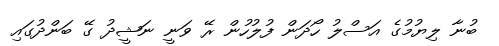
ބުނާ ލިޔުމުގެ އަސްލު ހޯދަން ފުލުހުން ރޭ ވަނީ ނަޝީދު ގޭ ބަންދުގައި